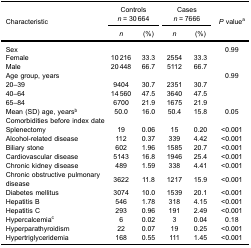
<table><thead><tr><td rowspan="3"><b>Characteristic</b></td><td colspan="2"><b>Controls<i>n</i> = 30 664</b></td><td colspan="2"><b>Cases<i>n</i> = 7666</b></td><td rowspan="3"><b><i>P</i> value<sup>a</sup></b></td></tr><tr><td><b><i>n</i></b></td><td><b>(%)</b></td><td><b><i>n</i></b></td><td><b>(%)</b></td></tr></thead><tbody><tr><td>Sex</td><td> </td><td> </td><td> </td><td> </td><td>0.99</td></tr><tr><td>Female</td><td>10 216</td><td>33.3</td><td>2554</td><td>33.3</td><td> </td></tr><tr><td>Male</td><td>20 448</td><td>66.7</td><td>5112</td><td>66.7</td><td> </td></tr><tr><td>Age group, years</td><td> </td><td> </td><td> </td><td> </td><td>0.99</td></tr><tr><td>20–39</td><td>9404</td><td>30.7</td><td>2351</td><td>30.7</td><td> </td></tr><tr><td>40–64</td><td>14 560</td><td>47.5</td><td>3640</td><td>47.5</td><td> </td></tr><tr><td>65–84</td><td>6700</td><td>21.9</td><td>1675</td><td>21.9</td><td> </td></tr><tr><td>Mean (SD) age, years<sup>b</sup></td><td>50.0</td><td>16.0</td><td>50.4</td><td>15.8</td><td>0.05</td></tr><tr><td colspan="6">Comorbidities before index date</td></tr><tr><td>Splenectomy</td><td>19</td><td>0.06</td><td>15</td><td>0.20</td><td>&lt;0.001</td></tr><tr><td>Alcohol-related disease</td><td>112</td><td>0.37</td><td>339</td><td>4.42</td><td>&lt;0.001</td></tr><tr><td>Biliary stone</td><td>602</td><td>1.96</td><td>1585</td><td>20.7</td><td>&lt;0.001</td></tr><tr><td>Cardiovascular disease</td><td>5143</td><td>16.8</td><td>1946</td><td>25.4</td><td>&lt;0.001</td></tr><tr><td>Chronic kidney disease</td><td>489</td><td>1.59</td><td>338</td><td>4.41</td><td>&lt;0.001</td></tr><tr><td>Chronic obstructive pulmonary disease</td><td>3622</td><td>11.8</td><td>1217</td><td>15.9</td><td>&lt;0.001</td></tr><tr><td>Diabetes mellitus</td><td>3074</td><td>10.0</td><td>1539</td><td>20.1</td><td>&lt;0.001</td></tr><tr><td>Hepatitis B</td><td>546</td><td>1.78</td><td>318</td><td>4.15</td><td>&lt;0.001</td></tr><tr><td>Hepatitis C</td><td>293</td><td>0.96</td><td>191</td><td>2.49</td><td>&lt;0.001</td></tr><tr><td>Hypercalcemia<sup>c</sup></td><td>6</td><td>0.02</td><td>3</td><td>0.04</td><td>0.18</td></tr><tr><td>Hyperparathyroidism</td><td>22</td><td>0.07</td><td>19</td><td>0.25</td><td>&lt;0.001</td></tr><tr><td>Hypertriglyceridemia</td><td>168</td><td>0.55</td><td>111</td><td>1.45</td><td>&lt;0.001</td></tr></tbody></table>